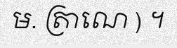
ម. ត្រាណេ ) ។